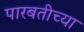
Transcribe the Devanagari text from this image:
पारबतीच्या